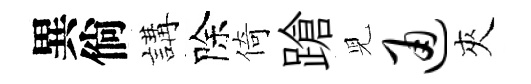
異倘講除倚蹌児通夾